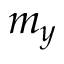
m _ { y }